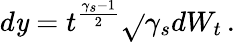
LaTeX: d\mathit{y}=t^{\frac{{\gamma_{s}-1}}{{2}}}\sqrt{}{{\gamma_{s}}}dW_{t}\, .